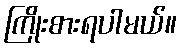
ကြိုးစားရပါမယ်။